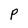
Character: p